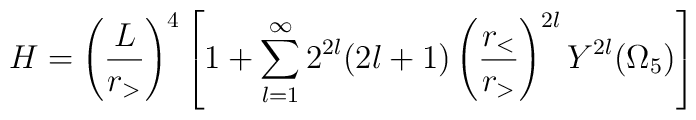
H=\left(\frac {L}{r_>}\right)^4\left[1+\sum\limits_{l=1}^\infty2^{2l}(2l+1)\left(\frac{r_<}{r_>}\right)^{2l}Y^{2l}(\Omega_5)\right]